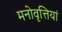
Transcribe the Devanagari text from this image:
मनोवृत्तियां